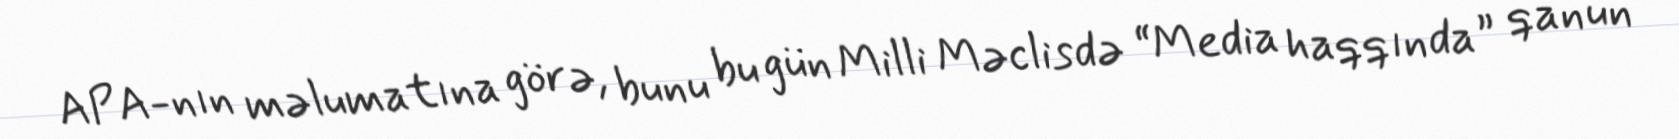
APA-nın məlumatına görə, bunu bu gün Milli Məclisdə “Media haqqında” qanun